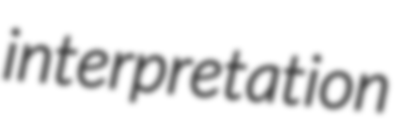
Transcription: interpretation